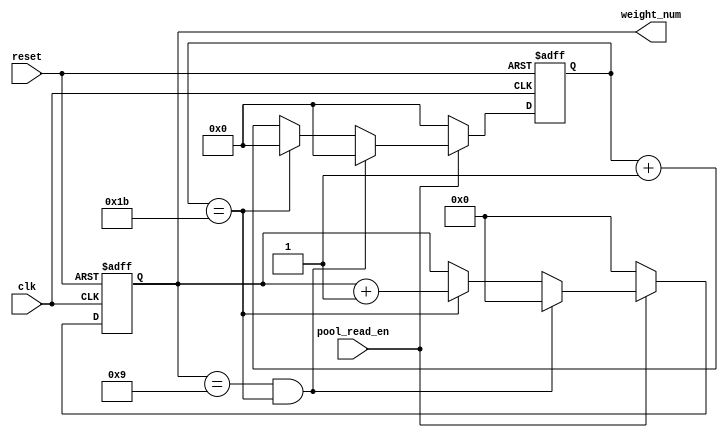
`timescale 1ns / 1ps
//////////////////////////////////////////////////////////////////////////////////
// Company: 
// Engineer: 
// 
// Design Name: 
// Module Name: Choose_count
// Project Name: 
// Target Devices: 
// Tool Versions: 
// Description: 
// 
// Dependencies: 
// 
// Revision:
// Revision 0.01 - File Created
// Additional Comments:
// 
//////////////////////////////////////////////////////////////////////////////////


module Choose_count(clk, reset, weight_num, pool_read_en );

input clk, reset;
input pool_read_en;
output reg [3:0] weight_num;
reg [4:0] cnt;
always @ (posedge clk or negedge reset)
begin
    if( !reset )
    begin
        weight_num <= 0;
        cnt <= 0;
    end
    else
    begin
        if(pool_read_en)
        begin
            if((weight_num == 9) && (cnt == 27))
            begin
                weight_num <= 0;
                cnt <= 0;
            end
            else if(cnt == 27)
            begin
                weight_num <= weight_num +1;
                cnt <=0;
            end
            else
            begin
                cnt <= cnt + 1;
            end
        end
        else
        begin
            weight_num <= 0;
            cnt <= 0;
        end
    end
end
endmodule